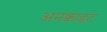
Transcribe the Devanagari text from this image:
अनक्वाइट